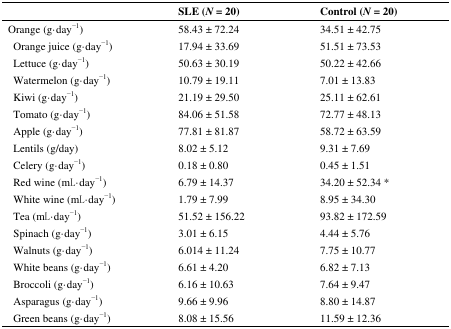
|  | SLE (N = 20) | Control (N = 20) |
 | --- | --- | --- |
 | Orange (g·day−1) | 58.43 ± 72.24 | 34.51 ± 42.75 |
 | Orange juice (g·day−1) | 17.94 ± 33.69 | 51.51 ± 73.53 |
 | Lettuce (g·day−1) | 50.63 ± 30.19 | 50.22 ± 42.66 |
 | Watermelon (g·day−1) | 10.79 ± 19.11 | 7.01 ± 13.83 |
 | Kiwi (g·day−1) | 21.19 ± 29.50 | 25.11 ± 62.61 |
 | Tomato (g·day−1) | 84.06 ± 51.58 | 72.77 ± 48.13 |
 | Apple (g·day−1) | 77.81 ± 81.87 | 58.72 ± 63.59 |
 | Lentils (g/day) | 8.02 ± 5.12 | 9.31 ± 7.69 |
 | Celery (g·day−1) | 0.18 ± 0.80 | 0.45 ± 1.51 |
 | Red wine (mL·day−1) | 6.79 ± 14.37 | 34.20 ± 52.34 * |
 | White wine (mL·day−1) | 1.79 ± 7.99 | 8.95 ± 34.30 |
 | Tea (mL·day−1) | 51.52 ± 156.22 | 93.82 ± 172.59 |
 | Spinach (g·day−1) | 3.01 ± 6.15 | 4.44 ± 5.76 |
 | Walnuts (g·day−1) | 6.014 ± 11.24 | 7.75 ± 10.77 |
 | White beans (g·day−1) | 6.61 ± 4.20 | 6.82 ± 7.13 |
 | Broccoli (g·day−1) | 6.16 ± 10.63 | 7.64 ± 9.47 |
 | Asparagus (g·day−1) | 9.66 ± 9.96 | 8.80 ± 14.87 |
 | Green beans (g·day−1) | 8.08 ± 15.56 | 11.59 ± 12.36 |